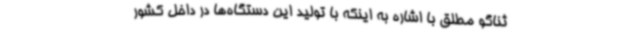
ثناگو مطلق با اشاره به اینکه با تولید این دستگاه‌ها در داخل کشور